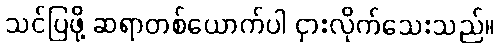
သင်ပြဖို့ ဆရာတစ်ယောက်ပါ ငှားလိုက်သေးသည်။